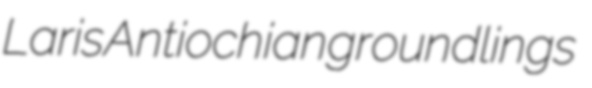
Laris Antiochian groundlings